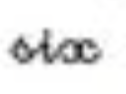
six